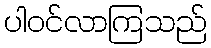
ပါဝင်လာကြသည်